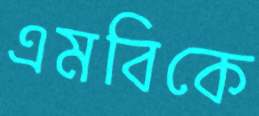
এমবিকে